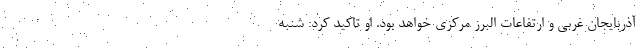
آذربایجان غربی و ارتفاعات البرز مرکزی خواهد بود. او تاکید کرد: شنبه